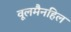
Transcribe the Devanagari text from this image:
वूलमैनहिल